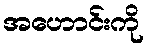
အဟောင်းကို